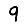
Digit: 9